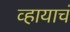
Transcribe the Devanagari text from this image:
व्हायाचं